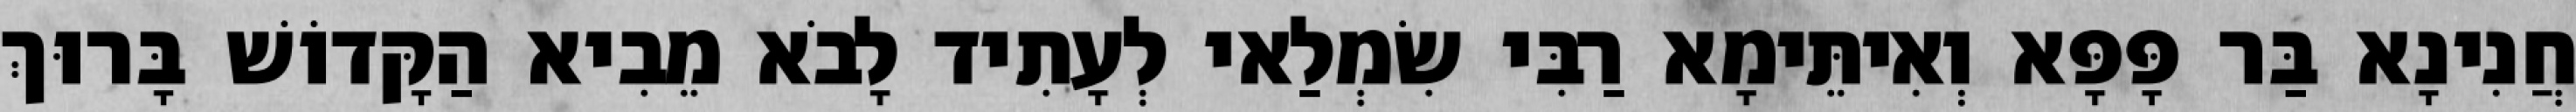
חֲנִינָא בַּר פָּפָּא וְאִיתֵּימָא רַבִּי שִׂמְלַאי לְעָתִיד לָבֹא מֵבִיא הַקָּדוֹשׁ בָּרוּךְ